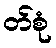
တ်စုံ